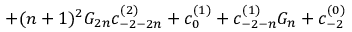
+ ( n + 1 ) ^ { 2 } G _ { 2 n } c _ { - 2 - 2 n } ^ { ( 2 ) } + c _ { 0 } ^ { ( 1 ) } + c _ { - 2 - n } ^ { ( 1 ) } G _ { n } + c _ { - 2 } ^ { ( 0 ) }